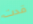
قدت